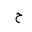
Letter: _ha